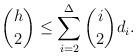
LaTeX: \begin{align*}{h \choose 2}\leq \sum_{i=2}^\Delta{i\choose2}d_i.\end{align*}